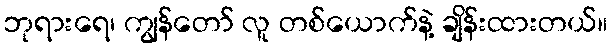
ဘုရားရေ၊ ကျွန်တော် လူ တစ်ယောက်နဲ့ ချိန်းထားတယ်။